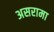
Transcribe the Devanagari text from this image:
असरामा